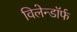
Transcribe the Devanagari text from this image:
विलेन्डॉर्फ